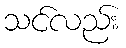
သင်လည်း